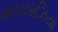
અબખાઝિયા